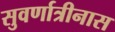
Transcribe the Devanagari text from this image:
सुवर्णात्रीनास